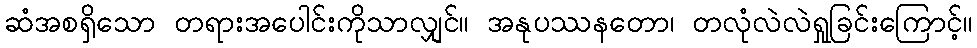
ဆံအစရှိသော တရားအပေါင်းကိုသာလျှင်။ အနုပဿနတော၊ တလုံလဲလဲရှုခြင်းကြောင့်။